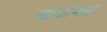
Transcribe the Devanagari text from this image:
पायांमधे